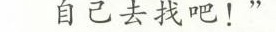
自己去找吧！”